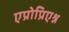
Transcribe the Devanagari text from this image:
एप्रोप्रिएश्न